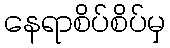
နေရာစိပ်စိပ်မှ